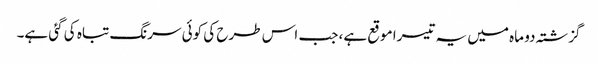
گزشتہ دو ماہ میں یہ تیسرا موقع ہے، جب اس طرح کی کوئی سرنگ تباہ کی گئی ہے۔